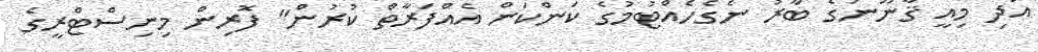
އަދި މިއީ ޤާނޫނުގެ ބާރު ނެގެހެއްޓުމުގެ ކަންކަން އެއްފަރާތް ކުރުން" ފޮރިން މިނިސްޓްރީގެ